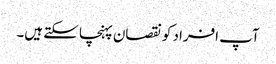
آپ افراد کو نقصان پہنچا سکتے ہیں۔